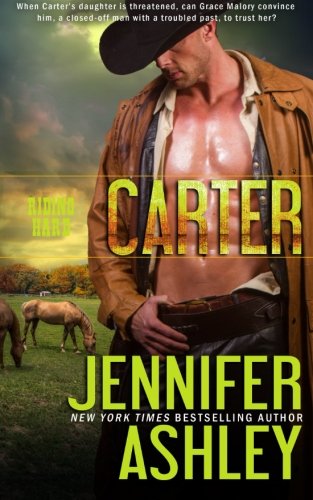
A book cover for Carter (Riding Hard) (Volume 3); Jennifer Ashley; Romance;